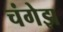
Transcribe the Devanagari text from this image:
चंगेझ